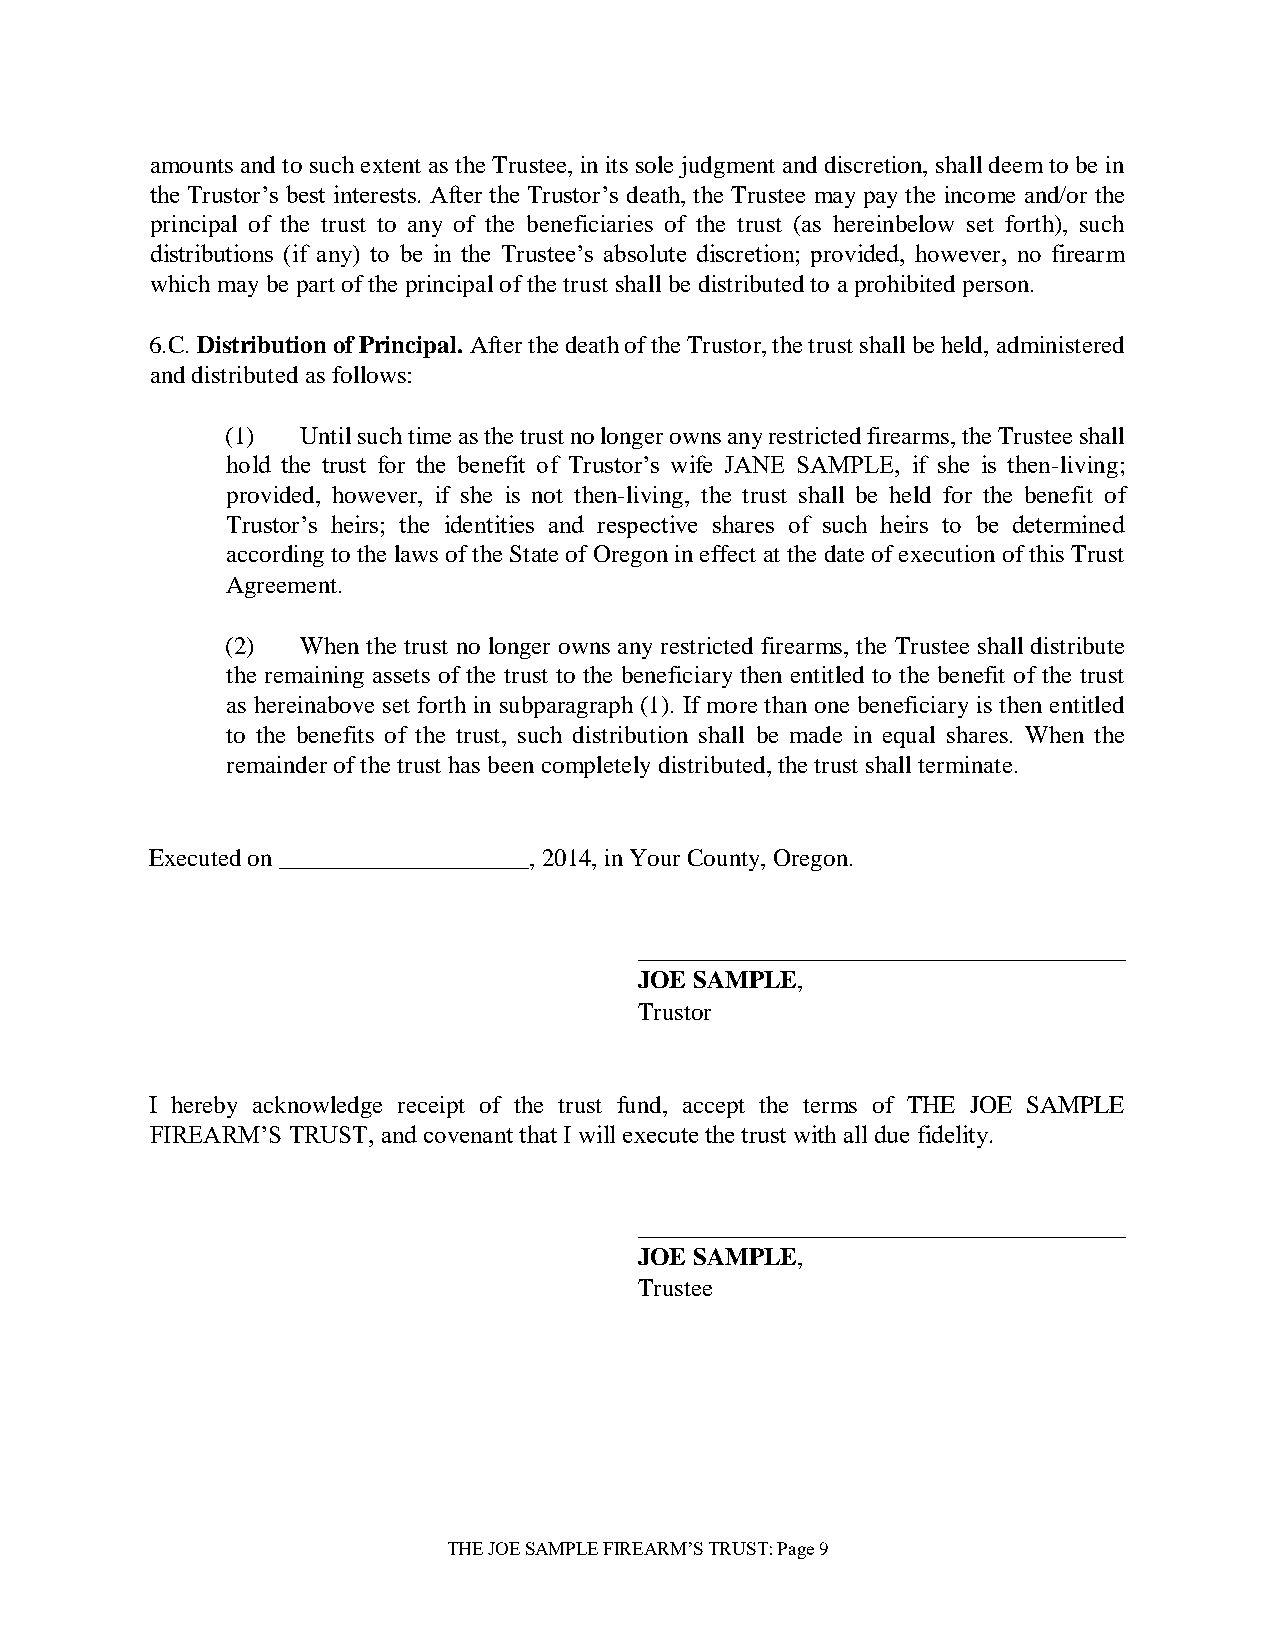
amounts and to such extent as the Trustee, in its sole judgment and discretion, shall deem to be in
 the Trustor’s best interests. After the Trustor’s death, the Trustee may pay the income and/or the
 principal of the trust to any of the beneficiaries of the trust (as hereinbelow set forth), such
 distributions (if any) to be in the Trustee’s absolute discretion; provided, however, no firearm
 which may be part of the principal of the trust shall be distributed to a prohibited person.
 6.C. Distribution of Principal. After the death of the Trustor, the trust shall be held, administered
 and distributed as follows:
 (1)  Until such time as the trust no longer owns any restricted firearms, the Trustee shall
 hold the trust for the benefit of Trustor’s wife JANE SAMPLE, if she is then-living;
 provided, however, if she is not then-living, the trust shall be held for the benefit of
 Trustor’s heirs; the identities and respective shares of such heirs to be determined
 according to the laws of the State of Oregon in effect at the date of execution of this Trust
 Agreement.
 (2)  When the trust no longer owns any restricted firearms, the Trustee shall distribute
 the remaining assets of the trust to the beneficiary then entitled to the benefit of the trust
 as hereinabove set forth in subparagraph (1). If more than one beneficiary is then entitled
 to the benefits of the trust, such distribution shall be made in equal shares. When the
 remainder of the trust has been completely distributed, the trust shall terminate.
 Executed on ____________________, 2014, in Your County, Oregon.
 _______________________________________
 JOE SAMPLE,
 Trustor
 I hereby acknowledge receipt of the trust fund, accept the terms of THE JOE SAMPLE
 FIREARM’S TRUST, and covenant that I will execute the trust with all due fidelity.
 _______________________________________
 JOE SAMPLE,
 Trustee
 THE JOE SAMPLE FIREARM’S TRUST: Page 9